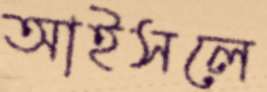
আইসলে